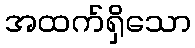
အထက်ရှိသော